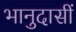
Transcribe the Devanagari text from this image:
भानुदासीं